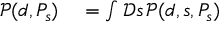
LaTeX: \begin{array} { r l } { { \mathcal { P } } ( d , P _ { s } ) } & { { } = \int { \mathcal { D } } s \, { \mathcal { P } } ( d , s , P _ { s } ) } \end{array}